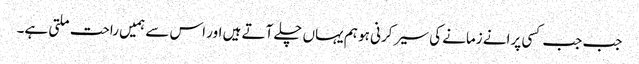
جب جب کسی پرانے زمانے کی سیر کرنی ہو ہم یہاں چلے آتے ہیں اور اس سے ہمیں راحت ملتی ہے۔